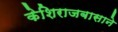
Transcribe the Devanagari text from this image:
केशिराजबासाने